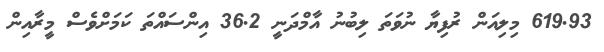
619.93 މިލިއަން ރުފިޔާ ނުވަތަ ލިބުނު އާމްދަނީ 36.2 އިންސައްތަ ކަަމަށްވެސް މީރާއިން